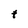
Character: t